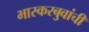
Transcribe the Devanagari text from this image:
भास्करबुवांची